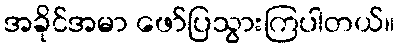
အခိုင်အမာ ဖော်ပြသွားကြပါတယ်။